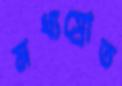
মধ্যস্রোত